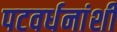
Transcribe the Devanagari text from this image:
पटवर्धनांशी